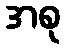
အစု